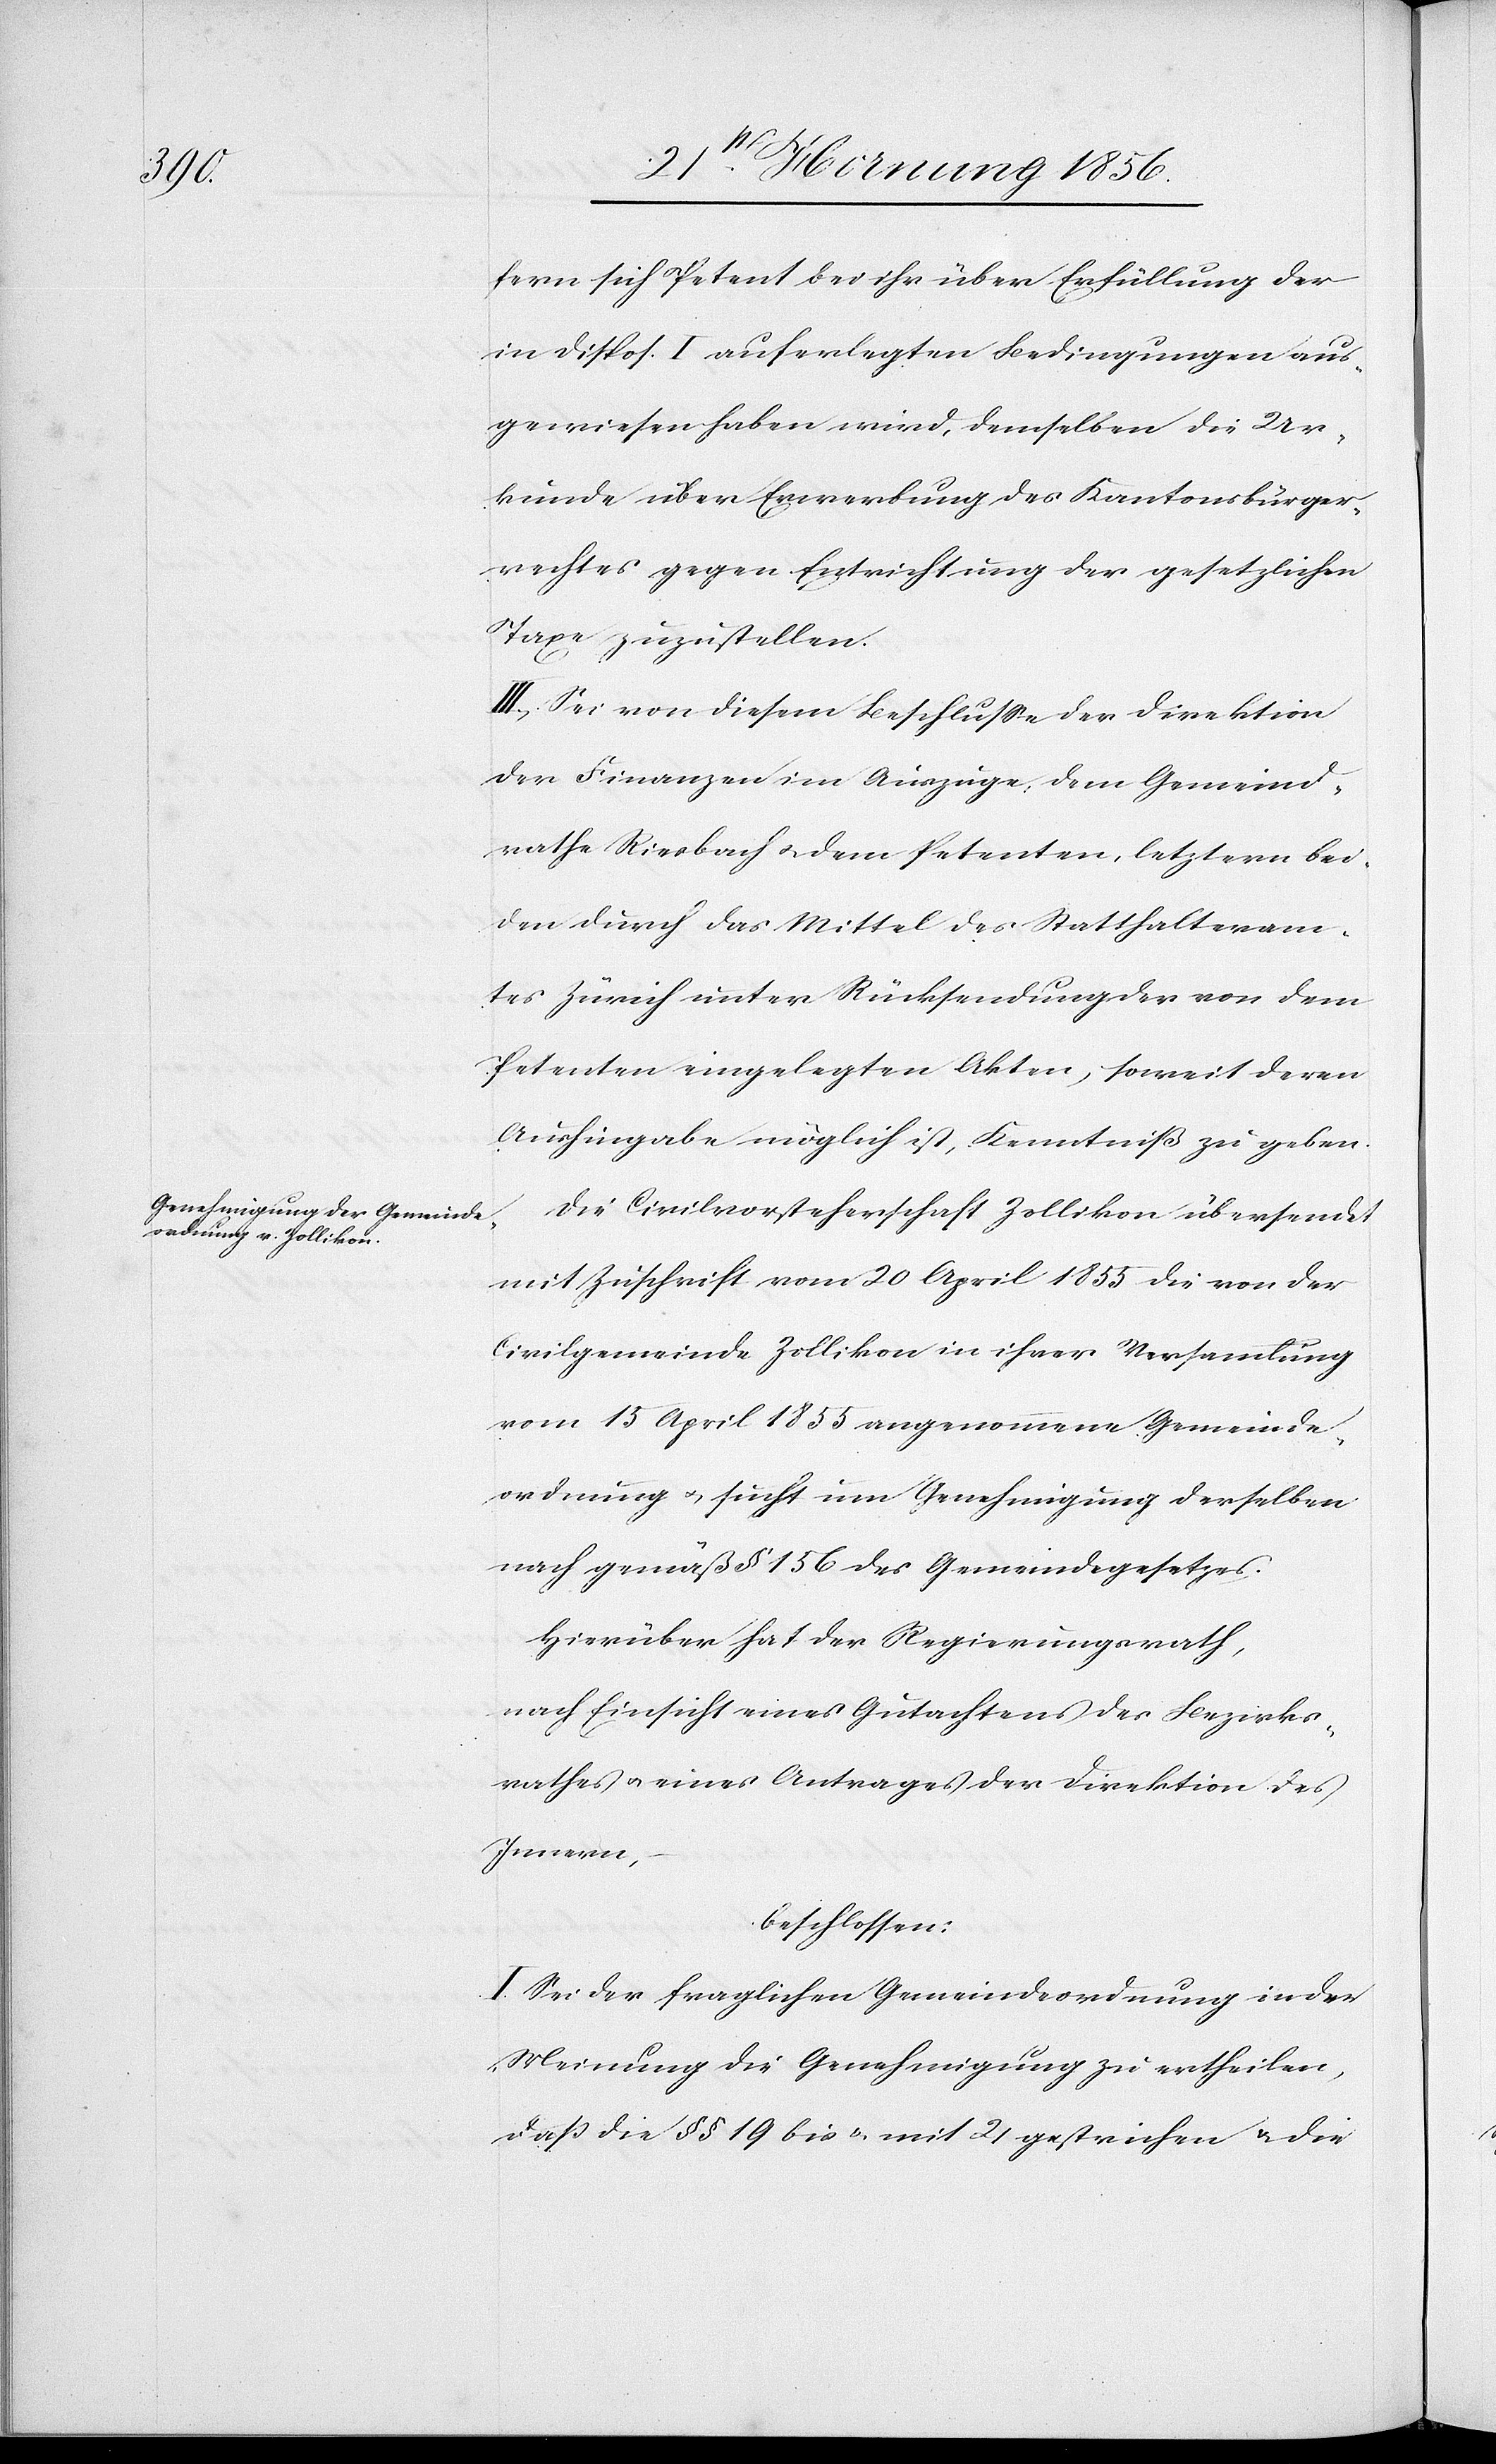
Die

fern sich Petent bei ihr über Erfüllung der
in Dispos. I auferlegten Bedingungen aus¬
gewiesen haben wird, demselben die Ur¬
kunde über Erwerbung des Kantonsbürger¬
rechtes gegen Entrichtung der gesetzlichen
Taxe zuzustellen.
III., Sei von diesem Beschluße der Direktion
der Finanzen im Auszuge, dem Gemeind¬
rathe Riesbach u. dem Petenten, letztern bei¬
den durch das Mittel des Statthalteram¬
tes Zürich unter Rücksendung der von dem
Petenten eingelegten Akten, soweit deren
Aushingabe möglich ist, Kenntniß zu geben.
mit Zuschrift vom 20 April 1855 die von der
Civilgemeinde Zollikon in ihrer Versammlung
vom 15 April 1855 angenommene Gemeinde¬
ordnung u. sucht um Genehmigung derselben
nach gemäß § 156 des Gemeindegesetzes.
Hierüber hat der Regierungsrath,
nach Einsicht eines Gutachtens des Bezirks¬
rath u. eines Antrages der Direktion des
Innern,
beschlossen:
I. Sei der fraglichen Gemeindeordnung in der
Meinung die Genehmigung zu ertheilen,
daß die §§ 19 bis u. mit 21 gestrichen u. die